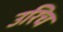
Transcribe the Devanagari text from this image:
उरिच